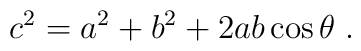
c^2 = a^2 + b^2 + 2 ab \cos \theta\;.